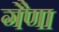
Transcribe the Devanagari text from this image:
गैणा